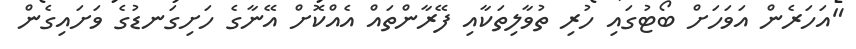
"އަހަރެން އަވަހަށް ބޯޓުގައި ހުރި ތުވާލިތަކާއި ފޭރާންތައް އެއްކޮށް އޭނާގެ ހަށިގަނޑުގެ ވަށައިގެން